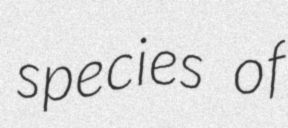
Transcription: species of